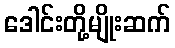
ဒေါင်းတို့မျိုးဆက်